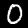
Digit: 0